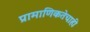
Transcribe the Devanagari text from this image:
प्रामाणिकतेचाही